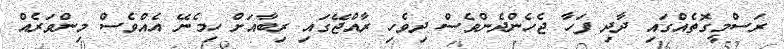
ރަސްމީގޮތެއްގައި ދާދި ފަހާ ޖެހެންދެންވެސް ދިވެހި ރާއްޖޭގައި ރިބާއަށް ހިމެނޭ އެއްވެސް މިންވަރެއް